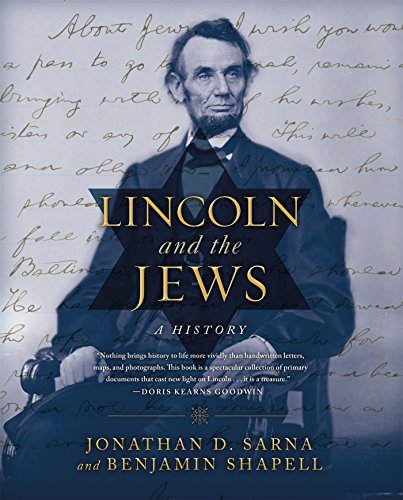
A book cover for Lincoln and the Jews: A History; Jonathan D. Sarna; Biographies & Memoirs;